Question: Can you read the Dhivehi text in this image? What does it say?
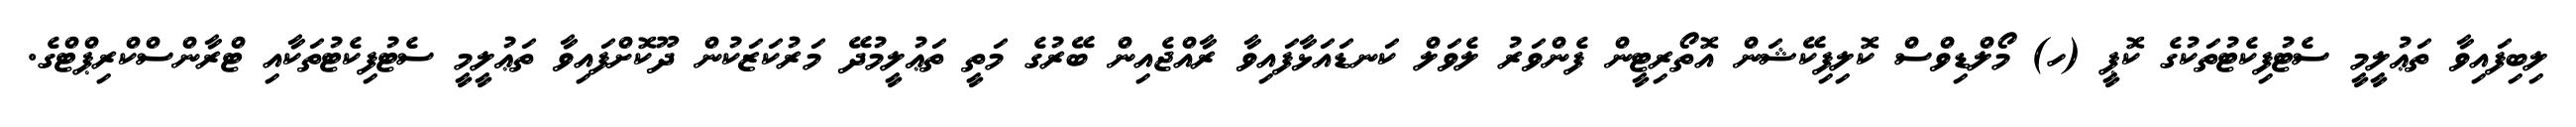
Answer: ލިބިފައިވާ ތަޢުލީމީ ސެޓުފިކެޓުތަކުގެ ކޮޕީ (ހ) މޯލްޑިވްސް ކޮލިފިކޭޝަން އޮތޯރިޓީން ފެންވަރު ލެވަލް ކަނޑައަޅާފައިވާ ރާއްޖެއިން ބޭރުގެ މަތީ ތަޢުލީމުދޭ މަރުކަޒަކުން ދޫކޮށްފައިވާ ތަޢުލީމީ ސެޓުފިކެޓުތަކާއި ޓްރާންސްކްރިޕްޓްގެ.